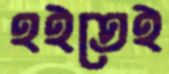
হইতেই